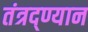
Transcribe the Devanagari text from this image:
तंत्रद्ण्यान